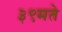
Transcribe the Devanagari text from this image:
३९मते